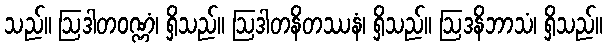
သည်။ ဩဒါတဝဏ္ဏံ၊ ရှိသည်။ ဩဒါတနိတဿနံ၊ ရှိသည်။ ဩဒနိဘာသံ၊ ရှိသည်။